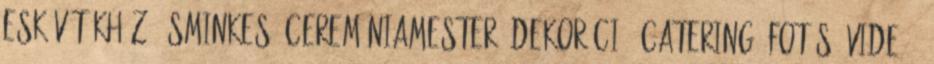
esküvőtökhöz - sminkes, ceremóniamester, dekoráció, catering, fotós, videó .